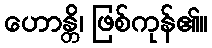
ဟောန္တိ၊ ဖြစ်ကုန်၏။